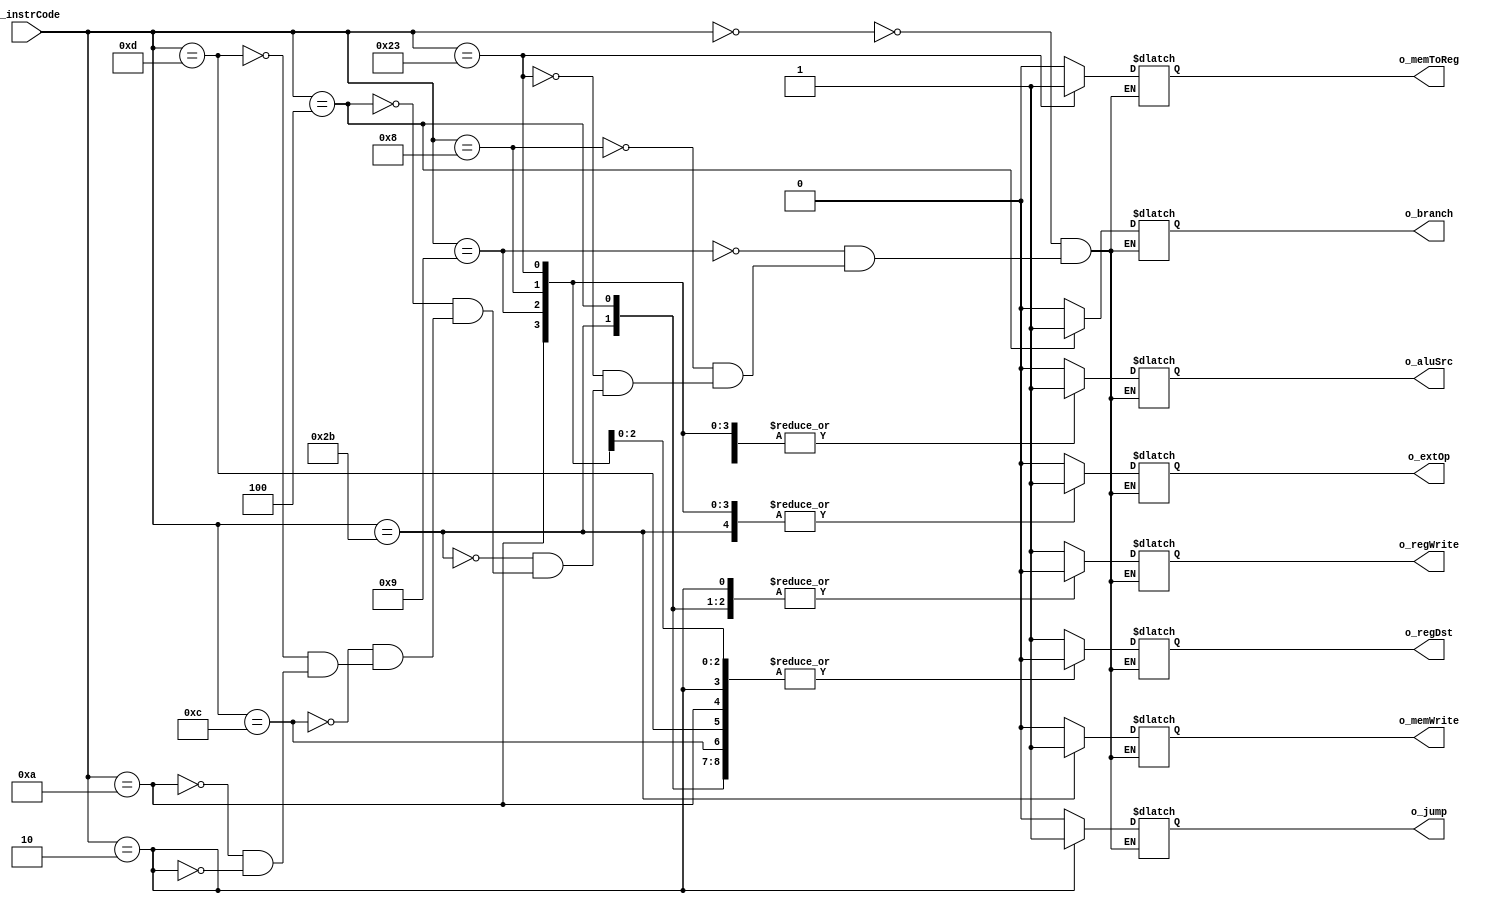
module control(i_instrCode, 
               o_regDst,
               o_jump, 
               o_branch,
               o_memToReg,
               o_memWrite,
               o_aluSrc,
               o_regWrite,
			   o_extOp
               );
  
input   [5:0]  i_instrCode;
output reg           o_regDst;
output reg           o_jump; 
output reg           o_branch;
output reg           o_memToReg;
output reg           o_memWrite;
output reg           o_aluSrc;
output reg           o_regWrite;	
output reg           o_extOp;	


always@(*)
begin				
	case(i_instrCode)
		6'b000000: //R-type
		begin
			o_regDst   = 1'b1;
			o_regWrite = 1'b1;
			o_aluSrc   = 1'b0;
			o_branch   = 1'b0;
			o_jump     = 1'b0;
			o_memWrite = 1'b0;
			o_memToReg = 1'b0;
			o_extOp    = 1'b0;
		end
		6'b001001://addiu
		begin
			o_regDst   = 1'b0;
			o_regWrite = 1'b1;
			o_aluSrc   = 1'b1;
			o_branch   = 1'b0;
			o_jump     = 1'b0;
			o_memWrite = 1'b0;
			o_memToReg = 1'b0;
			o_extOp    = 1'b1;
		end
		6'b001000://addi
		begin
			o_regDst   = 1'b0;
			o_regWrite = 1'b1;
			o_aluSrc   = 1'b1;
			o_branch   = 1'b0;
			o_jump     = 1'b0;
			o_memWrite = 1'b0;
			o_memToReg = 1'b0;
			o_extOp    = 1'b1;
		end
		6'b100011://lw
		begin
			o_regDst   = 1'b0;
			o_regWrite = 1'b1;
			o_aluSrc   = 1'b1;
			o_branch   = 1'b0;
			o_jump     = 1'b0;
			o_memWrite = 1'b0;
			o_memToReg = 1'b1;
			o_extOp    = 1'b1;
		end
		6'b101011://sw
		begin
			o_regDst   = 1'b0;
			o_regWrite = 1'b0;
			o_aluSrc   = 1'b1;
			o_branch   = 1'b0;
			o_jump     = 1'b0;
			o_memWrite = 1'b1;
			o_memToReg = 1'b0;
			o_extOp    = 1'b1;
		end
		6'b000100://beq
		begin
			o_regDst   = 1'b0;
			o_regWrite = 1'b0;
			o_aluSrc   = 1'b0;
			o_branch   = 1'b1;
			o_jump     = 1'b0;
			o_memWrite = 1'b0;
			o_memToReg = 1'b0;
			o_extOp    = 1'b0;
		end
		6'b001100://andi
		begin
			o_regDst   = 1'b0;
			o_regWrite = 1'b1;
			o_aluSrc   = 1'b1;
			o_branch   = 1'b0;
			o_jump     = 1'b0;
			o_memWrite = 1'b0;
			o_memToReg = 1'b0;
			o_extOp    = 1'b0;
		end
		6'b001101://ori
		begin
			o_regDst   = 1'b0;
			o_regWrite = 1'b1;
			o_aluSrc   = 1'b1;
			o_branch   = 1'b0;
			o_jump     = 1'b0;
			o_memWrite = 1'b0;
			o_memToReg = 1'b0;
			o_extOp    = 1'b0;
		end
		6'b001010://slti
		begin
			o_regDst   = 1'b0;
			o_regWrite = 1'b1;
			o_aluSrc   = 1'b1;
			o_branch   = 1'b0;
			o_jump     = 1'b0;
			o_memWrite = 1'b0;
			o_memToReg = 1'b0;
			o_extOp    = 1'b1;
		end
		6'b000010://jump
		begin
			o_regDst   = 1'b0;
			o_regWrite = 1'b0;
			o_aluSrc   = 1'b0;
			o_branch   = 1'b0;
			o_jump     = 1'b1;
			o_memWrite = 1'b0;
			o_memToReg = 1'b0;
			o_extOp    = 1'b0;
		end
	endcase
end  
endmodule